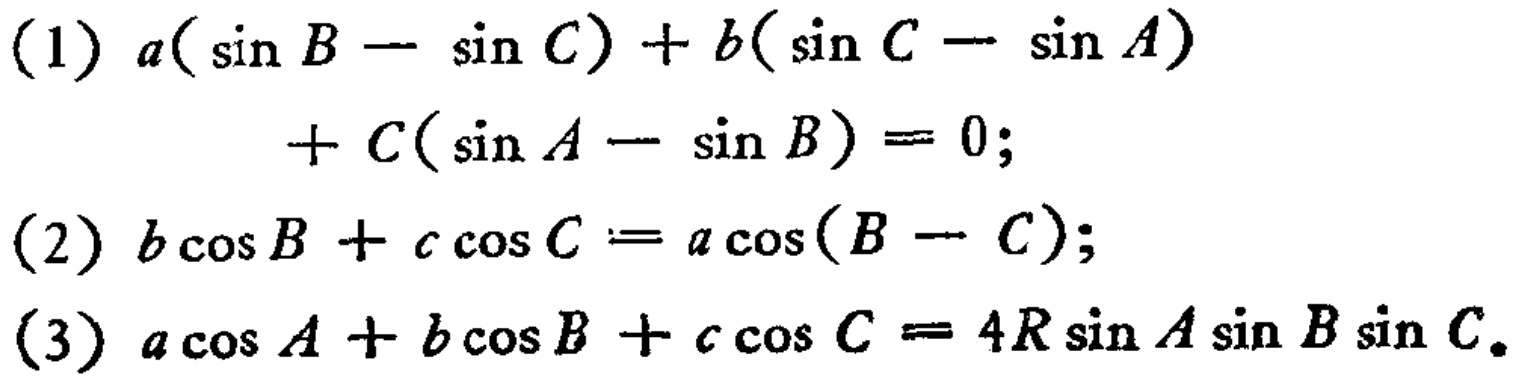
(1) \(a(\sin B - \sin C)+b(\sin C - \sin A)+c(\sin A - \sin B)=0\);
(2) \(b\cos B + c\cos C=a\cos(B - C)\);
(3) \(a\cos A + b\cos B + c\cos C = 4R\sin A\sin B\sin C\)